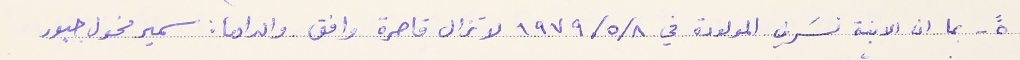
٥- بما ان الابنة نسَرين المولودة في ٨/ ٥/ ١٩٧٩ لا تزال قاصرة وافق والداها: سمير مخول جبور